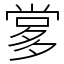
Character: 㗬